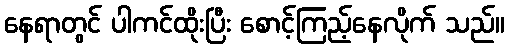
နေရာတွင် ပါကင်ထိုးပြီး စောင့်ကြည့်နေလိုက် သည်။